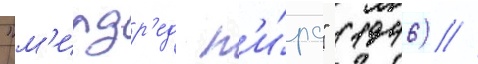
"м'илдр'ед п'и́рс" (1946) //